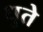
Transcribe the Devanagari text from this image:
धुते